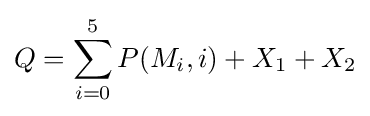
Q=\sum _{i=0}^{5}P(M_{i},i)+X_{1}+X_{2}